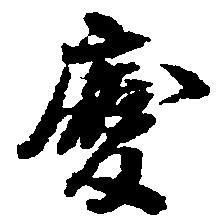
慶